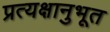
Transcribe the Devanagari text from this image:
प्रत्यक्षानुभूत